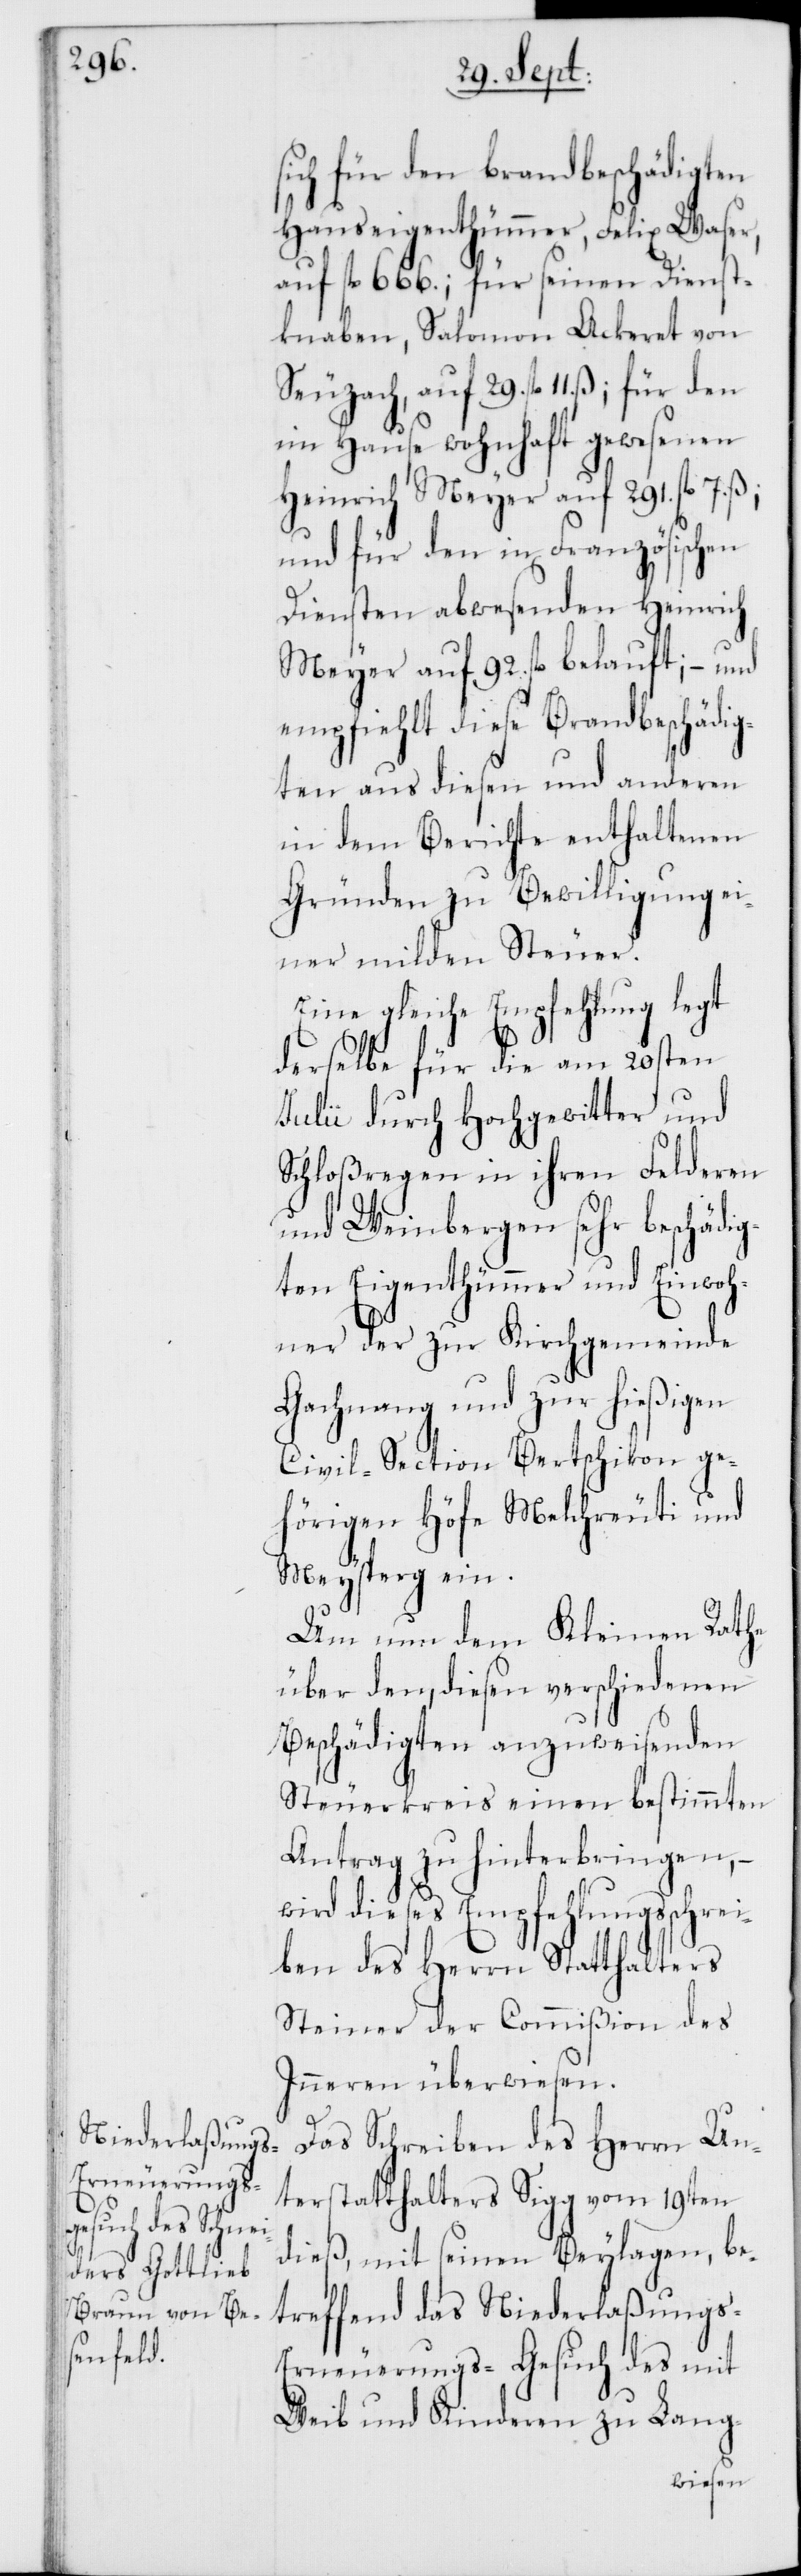
29. fl.
sich für den brandbeschädigten
Hauseigenthümmer, Felix Waser,
auf fl. 666.; für seinen Dienst¬
knaben, Salomon Ackeret von
im Hause wohnhaft gewesenen
Heinrich Meyer auf 291. fl. 7.
und für den in Französischen
Diensten abwesenden Heinrich
Meyer auf 92. fl. belauft; – und
empfiehlt diese Brandbeschädig¬
ten aus diesen und anderen
in dem Berichte enthaltenen
Gründen zu Bewilligung ei¬
ner milden Steuer.
Eine gleiche Empfehlung legt
derselbe für die am 20sten
Julii durch Hochgewitter und
Schloßregen in ihren Felderen
und Weinbergen sehr beschädig¬
ten Eigenthümmer und Einwoh¬
ner der zur Kirchgemeinde
Gachnang und zur hießigen
Civil-Section Bertschikon ge¬
hörigen Höfe Melchreuti und
Meysperg ein.
Um nun dem Kleinen Rathe
über den, diesen verschiedenen
Beschädigten anzuweisenden
Steuerkreis einen bestimmten
Antrag zu hinterbringen, –
wird dieses Empfehlungsschrei¬
ben des Herrn Statthalters
Steiner der Commißion des
Inneren überwiesen.
Das Schreiben des Herrn Un¬
terstatthalters Sigg vom 19ten
dieß, mit seinen Beylagen, be¬
treffend das Niederlaßungs-E¬
rneuerungs-Gesuch des mit
Weib und Kinderen zu Lang-